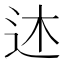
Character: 𫐠